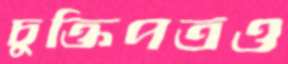
চুক্তিপত্রও